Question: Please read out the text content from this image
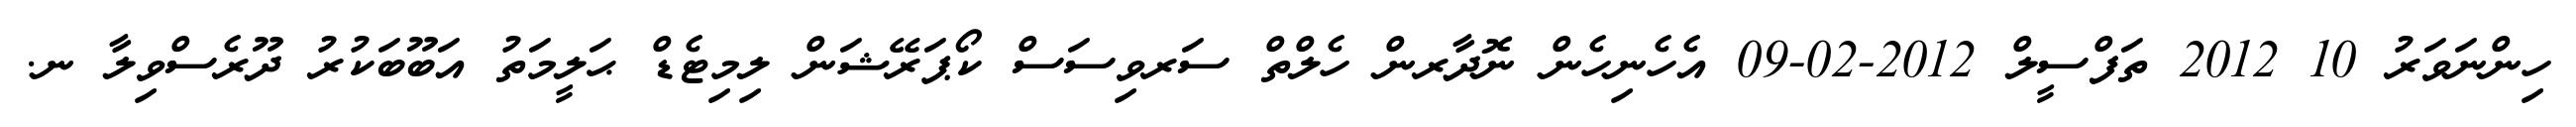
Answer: ހިންނަވަރު 10 2012 ތަފްސީލް 2012-02-09 އެހެނިހެން ނޮދާރން ހެލްތް ސަރވިސަސް ކޯޕަރޭޝަން ލިމިޓެޑް ޙަލީމަތު އަބޫބަކުރު ދޫރެސްވިލާ ނ.